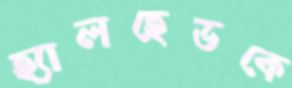
হ্যালহেডকে